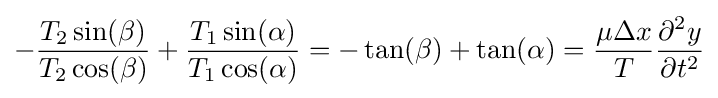
-{\frac {T_{2}\sin(\beta )}{T_{2}\cos(\beta )}}+{\frac {T_{1}\sin(\alpha )}{T_{1}\cos(\alpha )}}=-\tan(\beta )+\tan(\alpha )={\frac {\mu \Delta x}{T}}{\frac {\partial ^{2}y}{\partial t^{2}}}